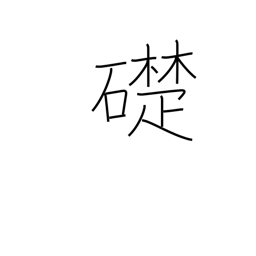
Meaning: cornerstone